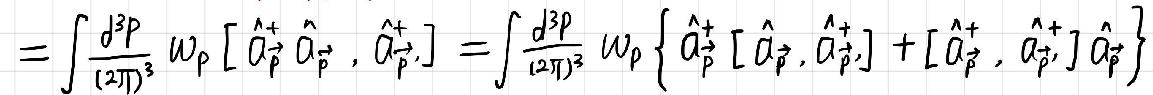
\[
=\int\frac{d^{3}p}{(2\pi)^{3}}\omega_{p}\left[\hat{a}_{\vec{p}}^{+}\hat{a}_{\vec{p}},\hat{a}_{\vec{p}'}^{+}\right]=\int\frac{d^{3}p}{(2\pi)^{3}}\omega_{p}\left\{\hat{a}_{\vec{p}}^{+}\left[\hat{a}_{\vec{p}},\hat{a}_{\vec{p}'}^{+}\right]+\left[\hat{a}_{\vec{p}}^{+},\hat{a}_{\vec{p}'}^{+}\right]\hat{a}_{\vec{p}}\right\}
\]